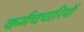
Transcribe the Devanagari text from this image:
कर्मचचारियों